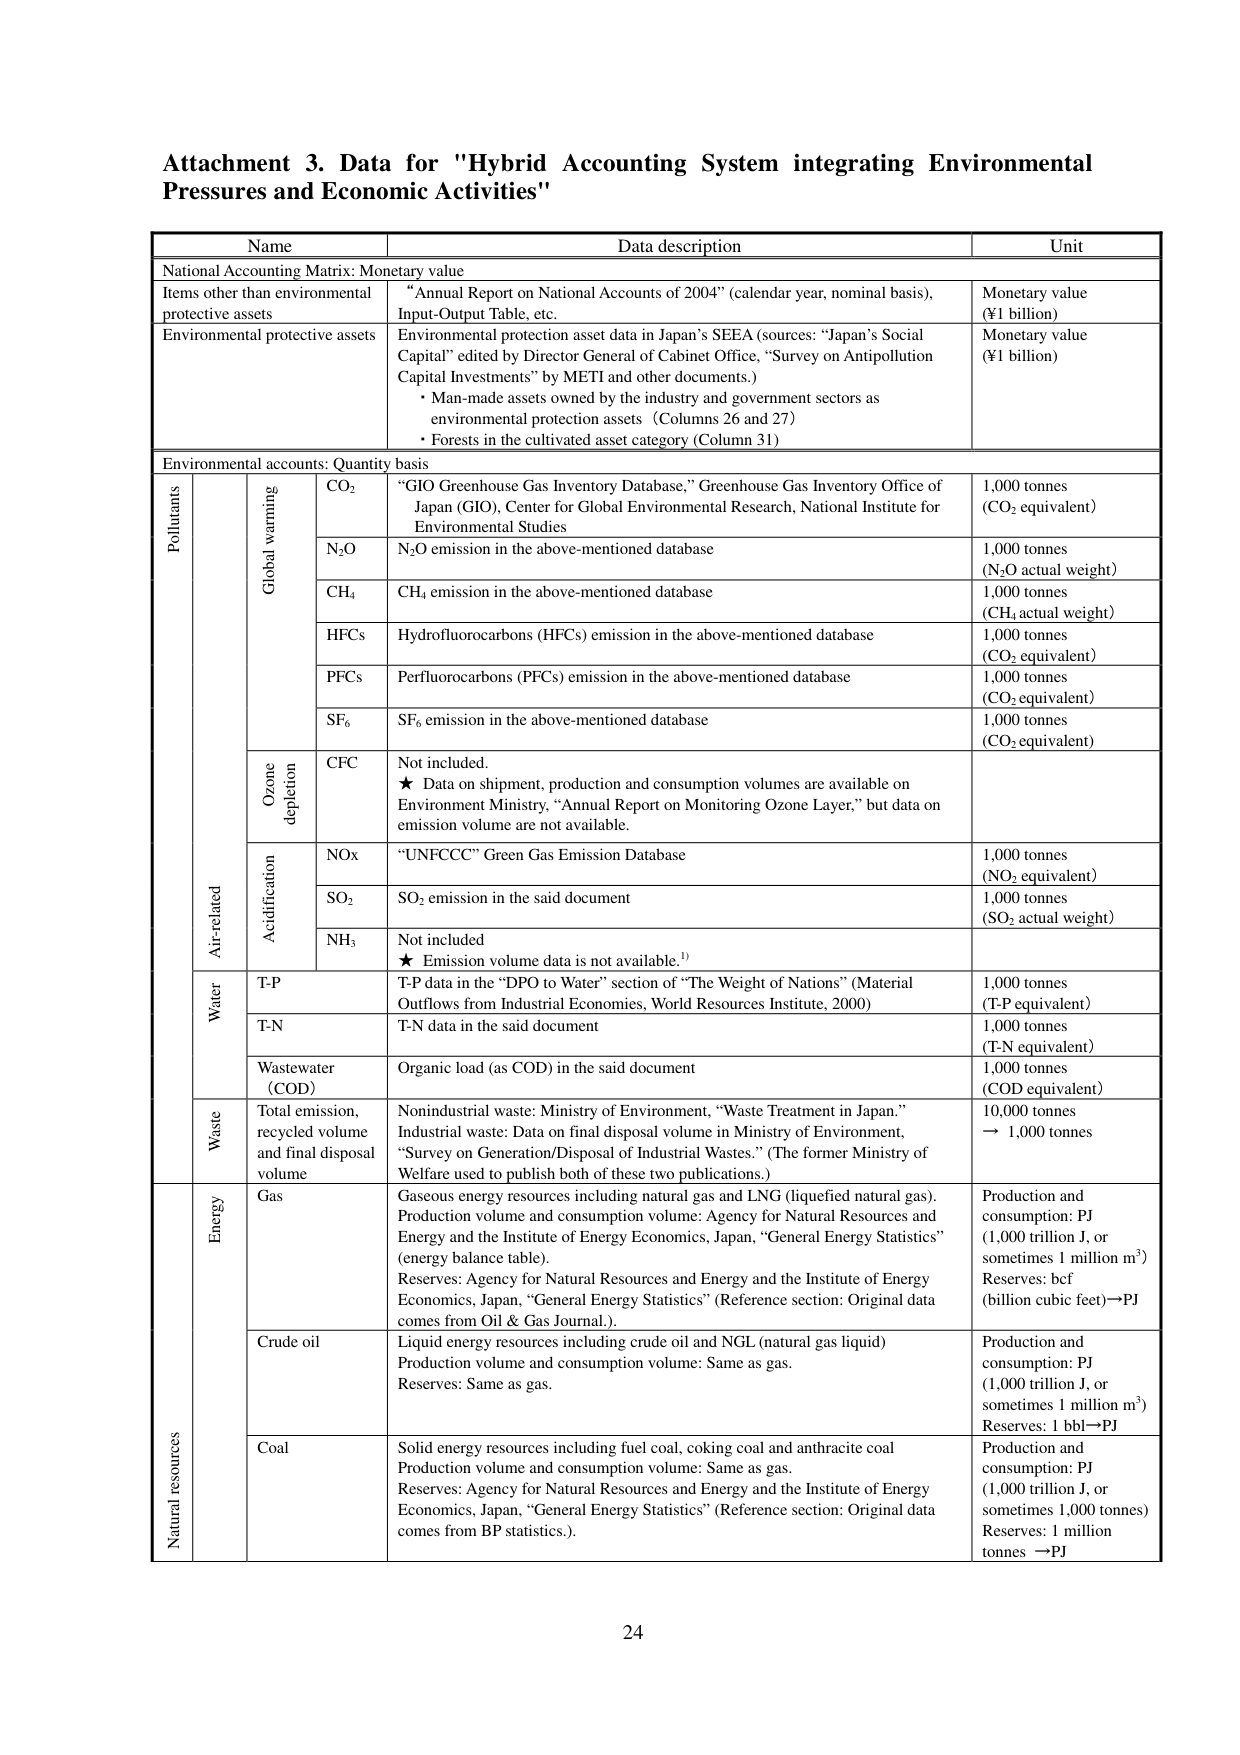
Attachment 3. Data for "Hybrid Accounting System integrating Environmental Pressures and Economic Activities"

Name	Data description	Unit
National Accounting Matrix: Monetary value
Items other than environmental protective assets	"Annual Report on National Accounts of 2004" (calendar year, nominal basis), Input-Output Table, etc.	Monetary value (¥1 billion)
Environmental protective assets	Environmental protection asset data in Japan's SEEA (sources: "Japan's Social Capital" edited by Director General of Cabinet Office, "Survey on Antipollution Capital Investments" by METI and other documents.)
• Man-made assets owned by the industry and government sectors as environmental protection assets (Columns 26 and 27)
• Forests in the cultivated asset category (Column 31)	Monetary value (¥1 billion)
Environmental accounts: Quantity basis
Pollutants	Air-related	Global warming	CO₂	"GIO Greenhouse Gas Inventory Database," Greenhouse Gas Inventory Office of Japan (GIO), Center for Global Environmental Research, National Institute for Environmental Studies	1,000 tonnes (CO₂ equivalent)
	N₂O	N₂O emission in the above-mentioned database	1,000 tonnes (N₂O actual weight)
	CH₄	CH₄ emission in the above-mentioned database	1,000 tonnes (CH₄ actual weight)
	HFCs	Hydrofluorocarbons (HFCs) emission in the above-mentioned database	1,000 tonnes (CO₂ equivalent)
	PFCs	Perfluorocarbons (PFCs) emission in the above-mentioned database	1,000 tonnes (CO₂ equivalent)
	SF₆	SF₆ emission in the above-mentioned database	1,000 tonnes (CO₂ equivalent)
	Ozone depletion	CFC	Not included.
★ Data on shipment, production and consumption volumes are available on Environment Ministry, "Annual Report on Monitoring Ozone Layer," but data on emission volume are not available.
	Acidification	NOx	"UNFCCC" Green Gas Emission Database	1,000 tonnes (NO₂ equivalent)
	SO₂	SO₂ emission in the said document	1,000 tonnes (SO₂ actual weight)
	NH₃	Not included
★ Emission volume data is not available.¹⁾
Water	T-P	T-P data in the "DPO to Water" section of "The Weight of Nations" (Material Outflows from Industrial Economies, World Resources Institute, 2000)	1,000 tonnes (T-P equivalent)
	T-N	T-N data in the said document	1,000 tonnes (T-N equivalent)
	Wastewater (COD)	Organic load (as COD) in the said document	1,000 tonnes (COD equivalent)
Waste	Total emission, recycled volume and final disposal volume	Nonindustrial waste: Ministry of Environment, "Waste Treatment in Japan."
Industrial waste: Data on final disposal volume in Ministry of Environment, "Survey on Generation/Disposal of Industrial Wastes." (The former Ministry of Welfare used to publish both of these two publications.)	10,000 tonnes → 1,000 tonnes
Natural resources	Energy	Gas	Gaseous energy resources including natural gas and LNG (liquefied natural gas). Production volume and consumption volume: Agency for Natural Resources and Energy and the Institute of Energy Economics, Japan, "General Energy Statistics" (energy balance table).
Reserves: Agency for Natural Resources and Energy and the Institute of Energy Economics, Japan, "General Energy Statistics" (Reference section: Original data comes from Oil & Gas Journal.).	Production and consumption: PJ (1,000 trillion J, or sometimes 1 million m³)
Reserves: bcf (billion cubic feet)→PJ
	Crude oil	Liquid energy resources including crude oil and NGL (natural gas liquid) Production volume and consumption volume: Same as gas. Reserves: Same as gas.	Production and consumption: PJ (1,000 trillion J, or sometimes 1 million m³)
Reserves: 1 bbl→PJ
	Coal	Solid energy resources including fuel coal, coking coal and anthracite coal Production volume and consumption volume: Same as gas. Reserves: Agency for Natural Resources and Energy and the Institute of Energy Economics, Japan, "General Energy Statistics" (Reference section: Original data comes from BP statistics.).	Production and consumption: PJ (1,000 trillion J, or sometimes 1,000 tonnes)
Reserves: 1 million tonnes →PJ

24